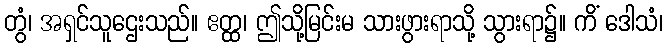
တွံ၊ အရှင်သူဌေးသည်။ ဧတ္ထ၊ ဤသို့မြင်းမ သားဖွားရာသို့ သွားရာ၌။ ကိံ ဒေါသံ၊